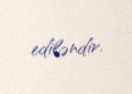
ediləndir.